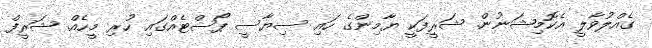
ގެއްލުވާލީ އެކޮމިޝަނުން. ޝަރީފަކީ ޔާމިންގެ ހައި ސިޔާސީ ޕޯސްޓެއްގައި ހުރި މީހެއް. ޝަރީފް